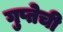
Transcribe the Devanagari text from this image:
गुप्तेची